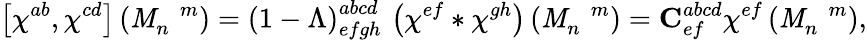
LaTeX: \left[\chi^{ab},\chi^{cd}\right]\left(\mathit{M}_{n}^{\, \, \, \, \, m}\right)=\left(1-\Lambda\right)_{efgh}^{abcd}\, \left(\chi^{ef}\ast\chi^{gh}\right)\left(\mathit{M}_{n}^{\, \, \, \, \, m}\right)={\mathbf{{C}}}_{ef}^{abcd}\chi^{ef}\left(\mathit{M}_{n}^{\, \, \, \, \, m}\right),